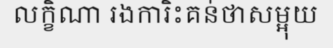
លក្ខិណា រងការិះគន់ថាសម្អុយ